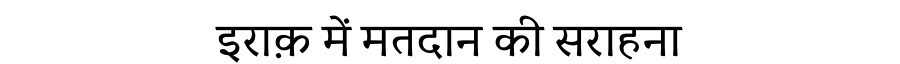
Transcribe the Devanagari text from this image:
इराक़ में मतदान की सराहना